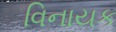
વિનાયક